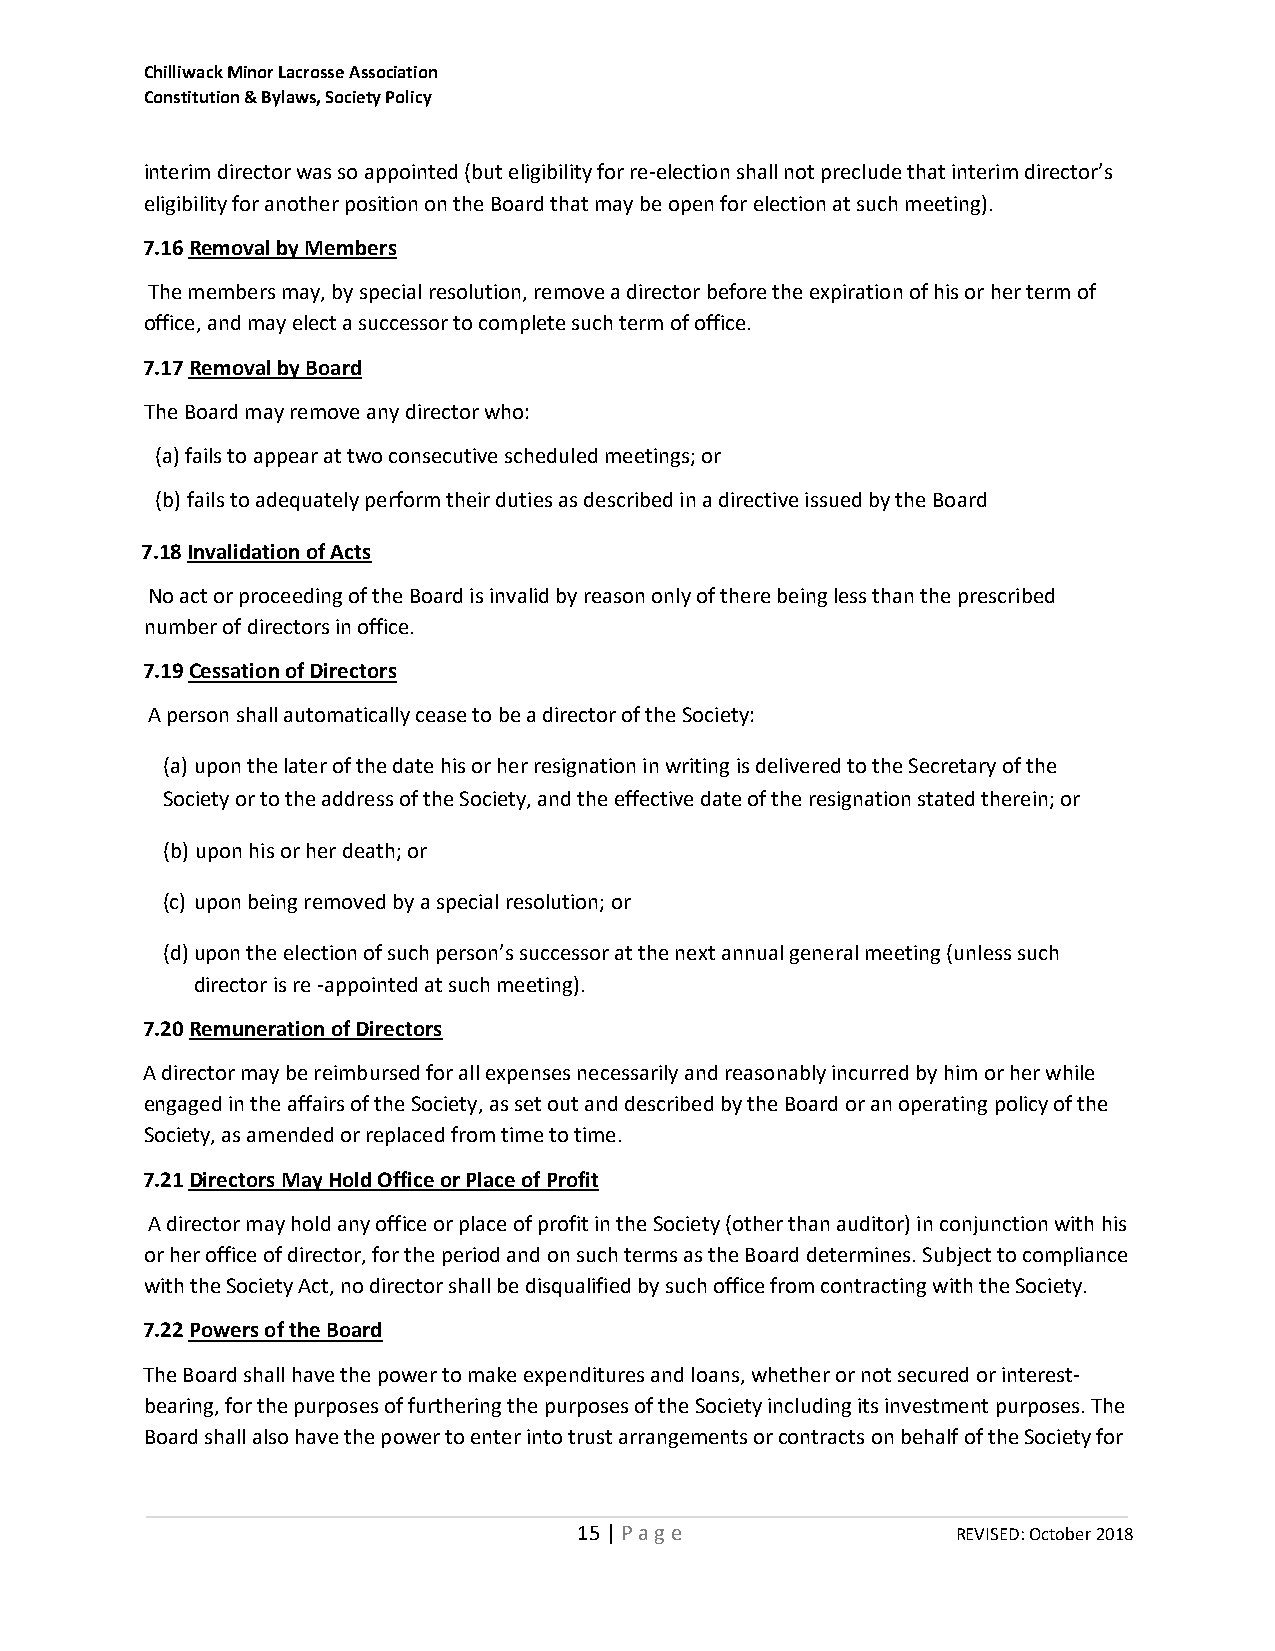
Chilliwack Minor Lacrosse Association
 Constitution & Bylaws, Society Policy
 interim director was so appointed (but eligibility for re‐election shall not preclude that interim director’s
 eligibility for another position on the Board that may be open for election at such meeting).
 7.16 Removal by Members
 The members may, by special resolution, remove a director before the expiration of his or her term of
 office, and may elect a successor to complete such term of office.
 7.17 Removal by Board
 The Board may remove any director who:
 (a) fails to appear at two consecutive scheduled meetings; or
 (b) fails to adequately perform their duties as described in a directive issued by the Board
 7.18 Invalidation of Acts
 No act or proceeding of the Board is invalid by reason only of there being less than the prescribed
 number of directors in office.
 7.19 Cessation of Directors
 A person shall automatically cease to be a director of the Society:
 (a) upon the later of the date his or her resignation in writing is delivered to the Secretary of the
 Society or to the address of the Society, and the effective date of the resignation stated therein; or
 (b) upon his or her death; or
 (c) upon being removed by a special resolution; or
 (d) upon the election of such person’s successor at the next annual general meeting (unless such
 director is re ‐appointed at such meeting).
 7.20 Remuneration of Directors
 A director may be reimbursed for all expenses necessarily and reasonably incurred by him or her while
 engaged in the affairs of the Society, as set out and described by the Board or an operating policy of the
 Society, as amended or replaced from time to time.
 7.21 Directors May Hold Office or Place of Profit
 A director may hold any office or place of profit in the Society (other than auditor) in conjunction with his
 or her office of director, for the period and on such terms as the Board determines. Subject to compliance
 with the Society Act, no director shall be disqualified by such office from contracting with the Society.
 7.22 Powers of the Board
 The Board shall have the power to make expenditures and loans, whether or not secured or interest‐
 bearing, for the purposes of furthering the purposes of the Society including its investment purposes. The
 Board shall also have the power to enter into trust arrangements or contracts on behalf of the Society for
 15 | P a g e             REVISED: October 2018